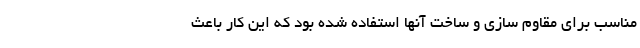
مناسب برای مقاوم سازی و ساخت آنها استفاده شده بود که این کار باعث